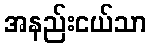
အနည်းငယ်သာ